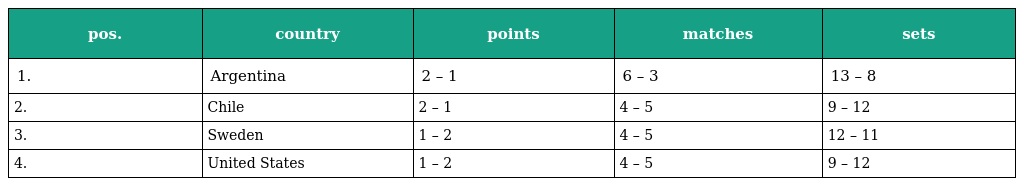
| pos. | country | points | matches | sets |
 | --- | --- | --- | --- | --- |
 | 1. | Argentina | 2 – 1 | 6 – 3 | 13 – 8 |
 | 2. | Chile | 2 – 1 | 4 – 5 | 9 – 12 |
 | 3. | Sweden | 1 – 2 | 4 – 5 | 12 – 11 |
 | 4. | United States | 1 – 2 | 4 – 5 | 9 – 12 |